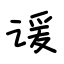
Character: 谖